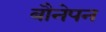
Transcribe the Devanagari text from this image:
बौनेपन